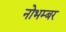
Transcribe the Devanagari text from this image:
नोभम्बर